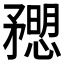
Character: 𥎒